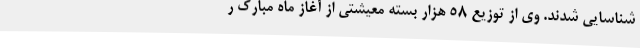
شناسایی شدند. وی از توزیع 58 هزار بسته معیشتی از آغاز ماه مبارک ر